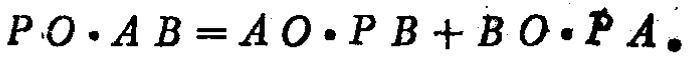
$P O \cdot A B=A O \cdot P B + B O \cdot P A.$